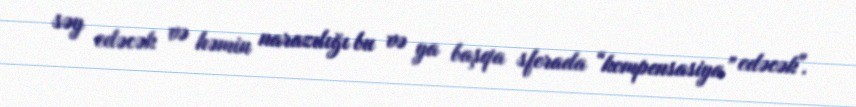
səy edəcək və həmin narazılığı bu və ya başqa sferada “kompensasiya” edəcək".